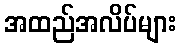
အထည်အလိပ်များ